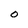
Character: O